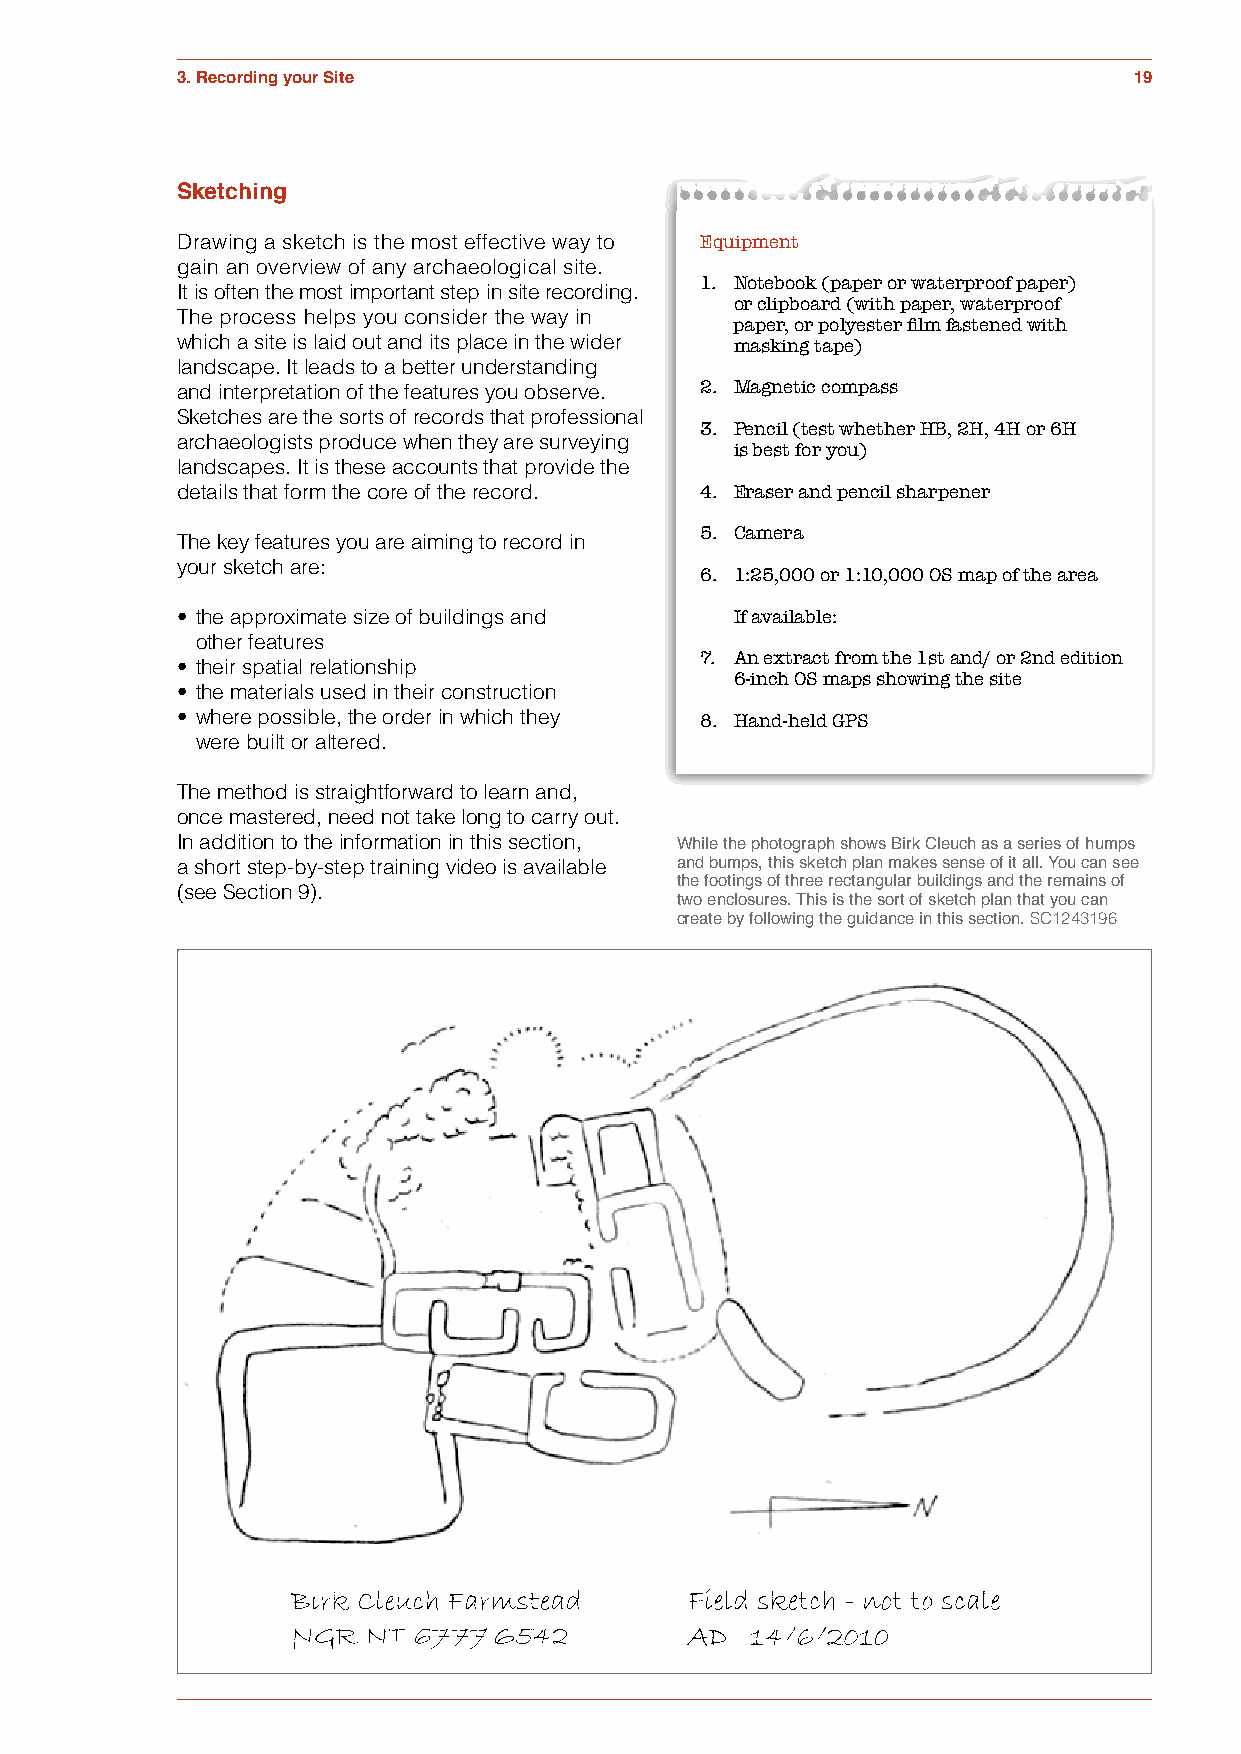
3. Recording your Site                                         19
 Sketching
 Drawing a sketch is the most effective way to Equipment
 gain an overview of any archaeological site.
 1. Notebook (paper or waterproof paper)
 It is often the most important step in site recording.
 or clipboard (with paper, waterproof
 The process helps you consider the way in
 paper, or polyester film fastened with
 which a site is laid out and its place in the wider masking tape)
 landscape. It leads to a better understanding
 and interpretation of the features you observe. 2. Magnetic compass
 Sketches are the sorts of records that professional
 3. Pencil (test whether HB, 2H, 4H or 6H
 archaeologists produce when they are surveying
 is best for you)
 landscapes. It is these accounts that provide the
 details that form the core of the record. 4. Eraser and pencil sharpener
 5. Camera
 The key features you are aiming to record in
 your sketch are:
 6. 1:25,000 or 1:10,000 OS map of the area
 • the approximate size of buildings and If available:
 other features
 7. An extract from the 1st and/ or 2nd edition
 • their spatial relationship
 6-inch OS maps showing the site
 • the materials used in their construction
 • where possible, the order in which they 8. Hand-held GPS
 Figure 3.4  were built or altered.
 The method is straightforward to learn and,
 once mastered, need not take long to carry out.
 In addition to the information in this section,
 While the photograph shows Birk Cleuch as a series of humps
 a short step-by-step training video is available and bumps, this sketch plan makes sense of it all. You can see
 (see Section 9).                 the footings of three rectangular buildings and the remains of
 two enclosures. This is the sort of sketch plan that you can
 create by following the guidance in this section. SC1243196